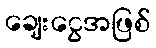
ချေးငွေအဖြစ်